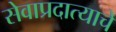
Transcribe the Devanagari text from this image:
सेवाप्रदात्याचे